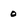
Character: 0